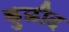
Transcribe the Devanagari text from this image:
कुळीद